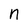
Character: n